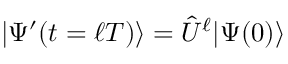
| \Psi ^ { \prime } ( t = \ell T ) \rangle = \hat { U } ^ { \ell } | \Psi ( 0 ) \rangle